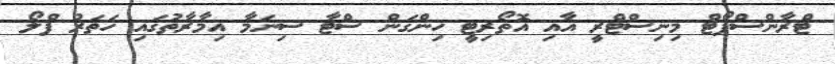
ޓްރާންސްޕޯޓް މިނިސްޓްރީ އާއި އޮތޯރިޓީ ހިންގަން ސްޓާ ސިނަމާ އިމާރާތުގައި ހަތަރު ފްލޯ